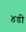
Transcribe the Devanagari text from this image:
४डी